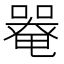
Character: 𡀋